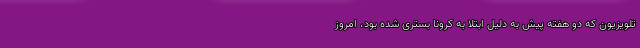
تلویزیون که دو هفته پیش به دلیل ابتلا به کرونا بستری شده بود، امروز